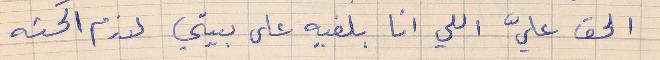
الحق عليّ اللي انا بلفيه على بيتي لازم اكحته